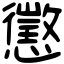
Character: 懲